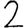
Digit: 2